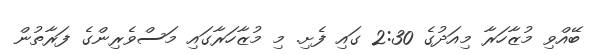
ބޭއްވި މުޒާހަރާ މިއަދުގެ 2:30 ގައި ފެށި. މި މުޒާހަރާގައި މަސްވެރިންގެ ފަރާތުން